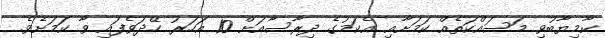
ކާމިޔާބުވި މަސައްކަތެއް ކަމަށާއި އެކަމުގެ ދިރާސާއަށް 10 އަހަރު ހޭދަވެފައި ވާ ކަަމަށެވެ.